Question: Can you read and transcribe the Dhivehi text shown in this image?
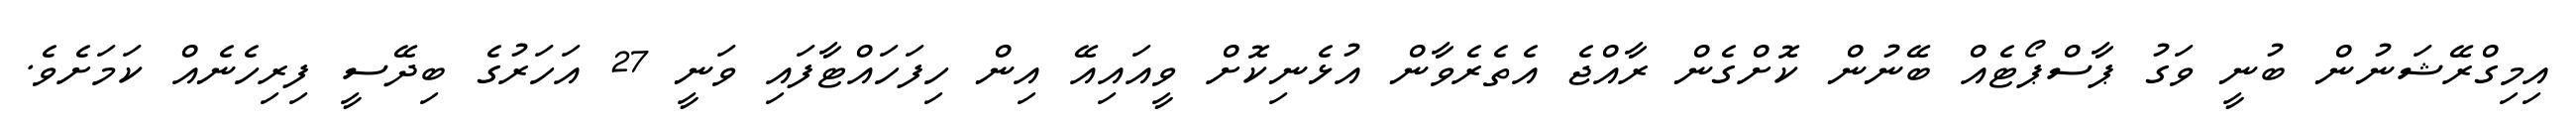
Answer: އިމިގްރޭޝަނުން ބުނީ ވަގު ޕާސްޕޯޓެއް ބޭނުން ކޮށްގެން ރާއްޖެ އެތެރެވާން އުޅެނިކޮށް ވީއައިއޭ އިން ހިފަހައްޓާފައި ވަނީ 27 އަހަރުގެ ބިދޭސީ ފިރިހެނެއް ކަމަށެވެ.